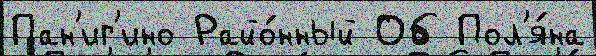
Пан'иг'ино Райо́нный Об Пол'я́на